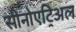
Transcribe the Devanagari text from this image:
सीनोएट्रिअल